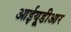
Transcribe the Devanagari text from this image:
आईयूडीआर